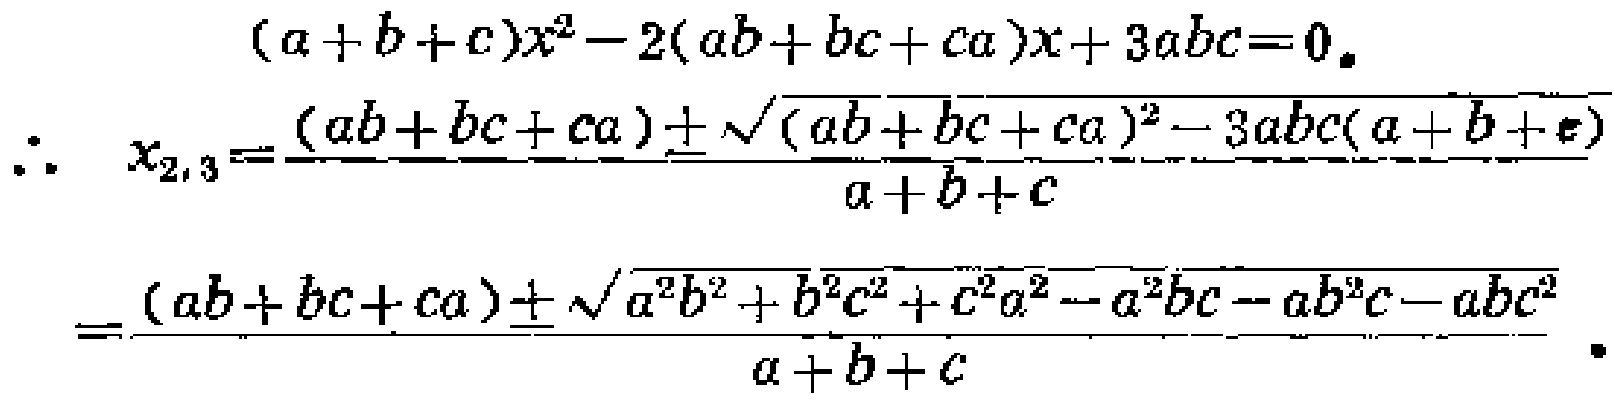
\[(a + b + c)x^{2}-2(ab + bc + ca)x + 3abc = 0.\]

\[\therefore x_{2,3}=\frac{(ab + bc + ca)\pm\sqrt{(ab + bc + ca)^{2}-3abc(a + b + c)}}{a + b + c}\]

\[=\frac{(ab + bc + ca)\pm\sqrt{a^{2}b^{2}+b^{2}c^{2}+c^{2}a^{2}-a^{2}bc - ab^{2}c - abc^{2}}}{a + b + c}.\]